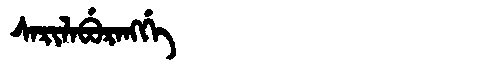
Manchu: ᠰᠠᡵᡳᠯᠠᠪᡠᡵᠠᠩᡤᡝ
Romanization: SARILABURANGGE